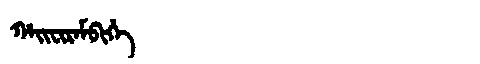
Manchu: ᡥᠠᡳᠸᡳᡵᠠᠮᠪᡳᡥᡝ
Romanization: HAIFIRAMBIHE